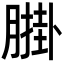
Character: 𦟺